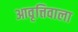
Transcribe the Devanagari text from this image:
आवृत्तिवाला